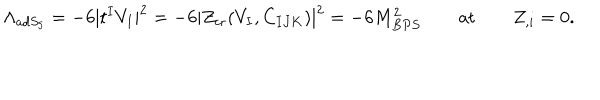
\Lambda _ { a d S _ { 5 } } = - 6 | t ^ { I } V _ { I } | ^ { 2 } = - 6 | Z _ { \mathrm { c r } } ( V _ { I } , C _ { I J K } ) | ^ { 2 } = - 6 M _ { B P S } ^ { 2 } \qquad \mathrm { a t } \qquad Z _ { , i } = 0 .